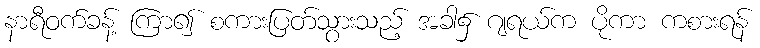
နာရီဝက်ခန့် ကြာ၍ စကားပြတ်သွားသည့် အခါ၌ ဂျရယ်က ပိုကာ ကစားရန်